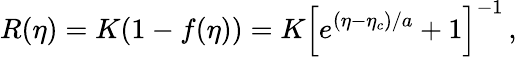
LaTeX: R(\eta)=K(1-f(\eta))=K\left[e^{(\eta-\eta_{c})/a}+1\right]^{-1}\, ,